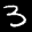
Label: 3